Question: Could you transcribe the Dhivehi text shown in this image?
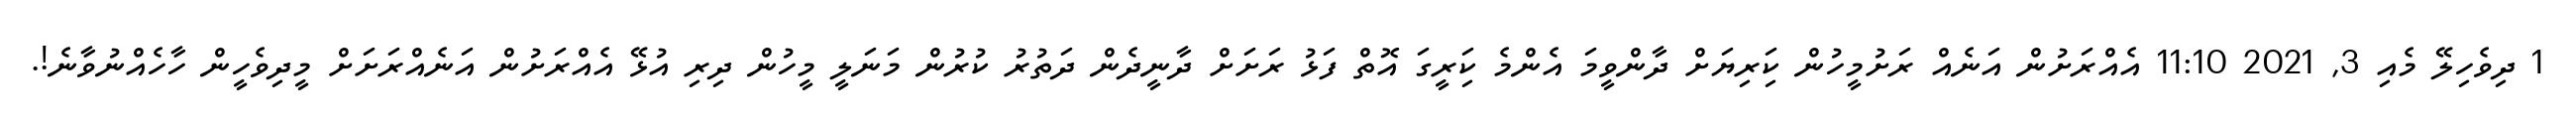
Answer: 1 ދިވެހިލޭ މެއި 3, 2021 11:10 އެއްރަށުން އަނެއް ރަށުމީހުން ކަިރިޔަށް ދާންވީމަ އެންމެ ކަިރީގަ އޮތް ފަޅު ރަށަށް ދާނީދެން ދަތުރު ކުރުން މަނަލީ މީހުން ދިރި އުޅޭ އެއްރަށުން އަނެއްރަށަށް މީދިވެހީން ހާހެއްނުވާނެ!.